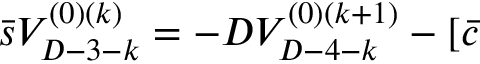
\bar { s } V _ { D - 3 - k } ^ { ( 0 ) ( k ) } = - D V _ { D - 4 - k } ^ { ( 0 ) ( k + 1 ) } - [ \bar { c }